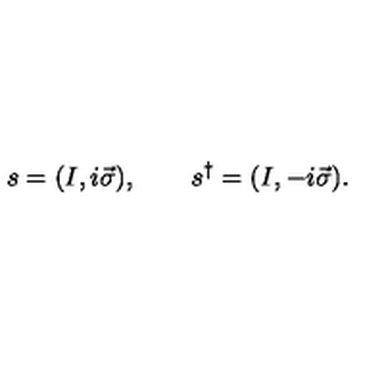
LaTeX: s = ( I , i \vec { \sigma } ) , \qquad s ^ { \dagger } = ( I , - i \vec { \sigma } ) .